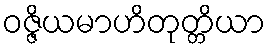
ဝဇ္ဇိယမာဟိတုတ္တိယာ